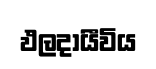
ඵලදායීවිය